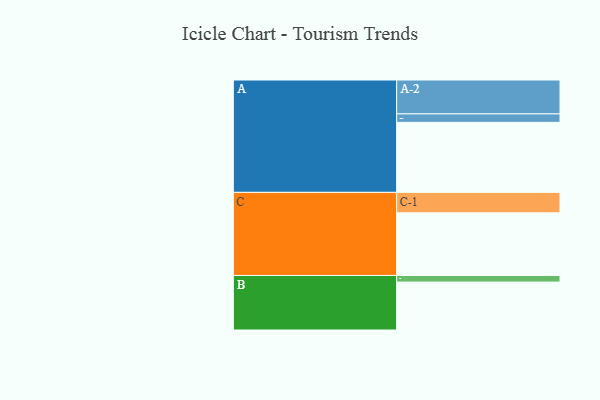
{"axis": {"x": "Segment", "y": "Value"}, "legend": ["", "A", "B", "C"], "data": [{"x": "A", "y": 529, "type": ""}, {"x": "B", "y": 362, "type": ""}, {"x": "C", "y": 473, "type": ""}, {"x": "A-1", "y": 64, "type": "A"}, {"x": "A-2", "y": 256, "type": "A"}, {"x": "B-1", "y": 50, "type": "B"}, {"x": "C-1", "y": 155, "type": "C"}]}